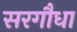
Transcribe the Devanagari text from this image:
सरगौधा